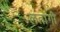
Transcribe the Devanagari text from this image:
लतांगी